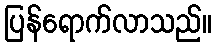
ပြန်ရောက်လာသည်။